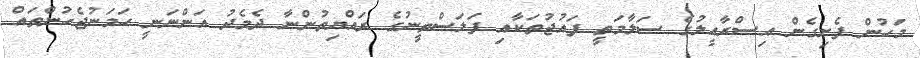
މަހުން ފެށިގެން އިސްރާއީލުގެ ސަލާމަތީ ފައުޖުތަކާއި ފަލަސްތީނުގެ ރައްޔިތުންނާ ދެމެދު އަންނަނީ ހަމަނުޖެހުންތައް